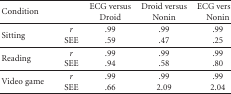
| Condition |  | ECG versus Droid | Droid versus Nonin | ECG versus Nonin |
 | --- | --- | --- | --- | --- |
 | Sitting | rSEE | .99.59 | .99.47 | .99.25 |
 | Reading | rSEE | .99.94 | .99.58 | .99.80 |
 | Video game | rSEE | .99.66 | .992.09 | .992.04 |